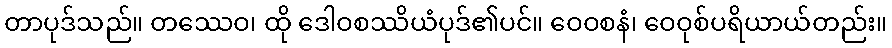
တာပုဒ်သည်။ တဿေဝ၊ ထို ဒေါဝစဿိယံပုဒ်၏ပင်။ ဝေဝစနံ၊ ဝေဝုစ်ပရိယာယ်တည်း။